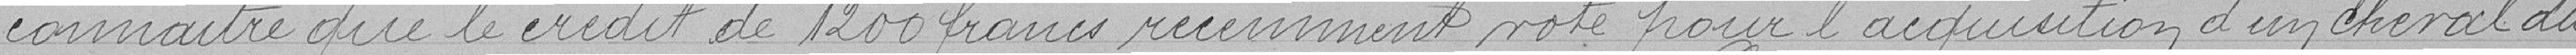
connaître que le crédit de 1200 francs récemment voté pour l'acquisition d'un cheval du